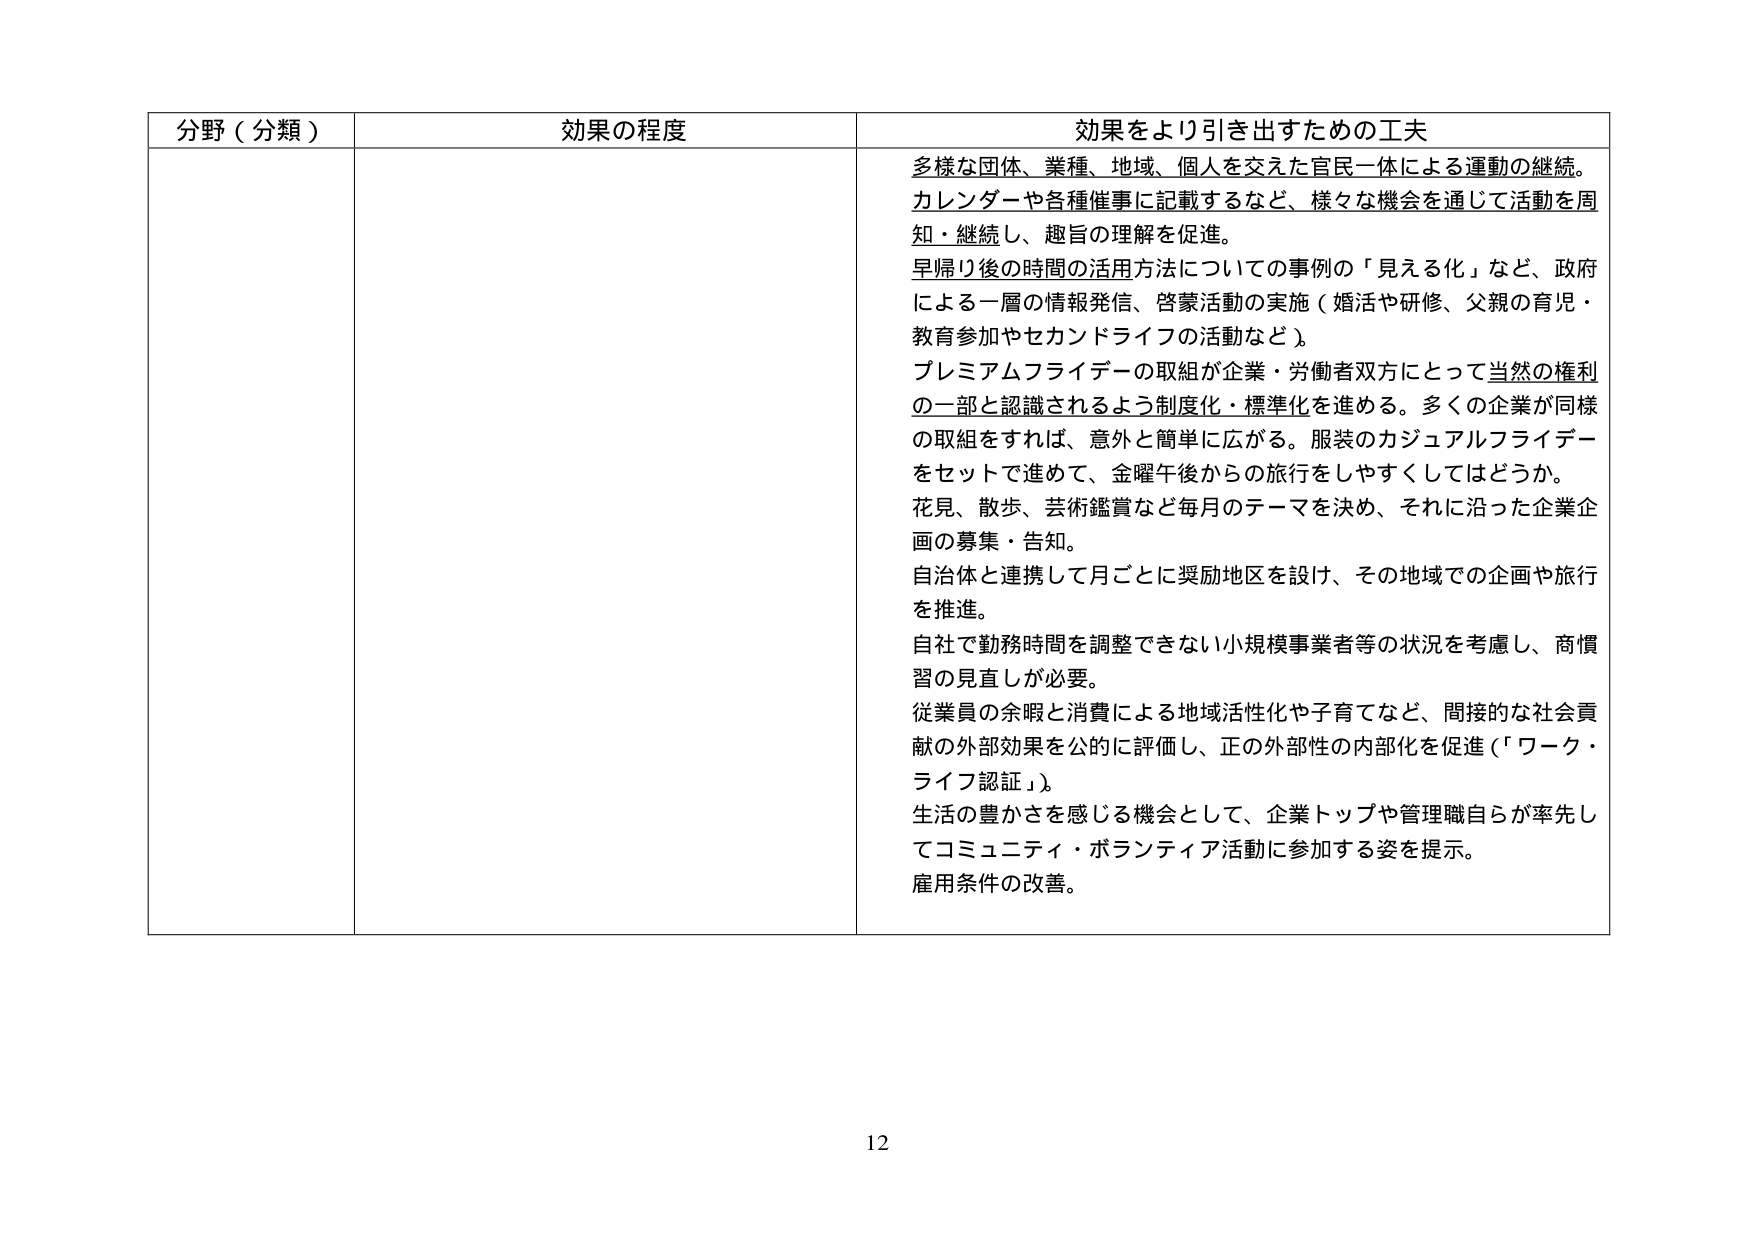
分野（分類）　効果の程度　効果をより引き出すための工夫
多様な団体、業種、地域、個人を交えた官民一体による運動の継続。
カレンダーや各種催事に記載するなど、様々な機会を通じて活動を周知・継続し、趣旨の理解を促進。
早帰り後の時間の活用方法についての事例の「見える化」など、政府による一層の情報発信、啓蒙活動の実施（婚活や研修、父親の育児・教育参加やセカンドライフの活動など）。
プレミアムフライデーの取組が企業・労働者双方にとって当然の権利の一部と認識されるよう制度化・標準化を進める。多くの企業が同様の取組をすれば、意外と簡単に広がる。服装のカジュアルフライデーをセットで進めて、金曜午後からの旅行をしやすくしてはどうか。
花見、散歩、芸術鑑賞など毎月のテーマを決め、それに沿った企業企画の募集・告知。
自治体と連携して月ごとに奨励地区を設け、その地域での企画や旅行を推進。
自社で勤務時間を調整できない小規模事業者等の状況を考慮し、商慣習の見直しが必要。
従業員の余暇と消費による地域活性化や子育てなど、間接的な社会貢献の外部効果を公的に評価し、正の外部性の内部化を促進（「ワーク・ライフ認証」）。
生活の豊かさを感じる機会として、企業トップや管理職自らが率先してコミュニティ・ボランティア活動に参加する姿を提示。
雇用条件の改善。
12